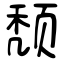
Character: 颓